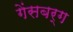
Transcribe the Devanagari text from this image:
गेंसबर्ग